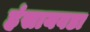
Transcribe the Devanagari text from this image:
हंसायवडा